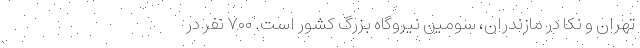
تهران و نکا در مازندران، سومین نیروگاه بزرگ کشور است. ۷۰۰ نفر در